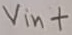
Text: Vin+